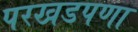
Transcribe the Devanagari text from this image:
परखडपणा